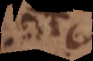
c